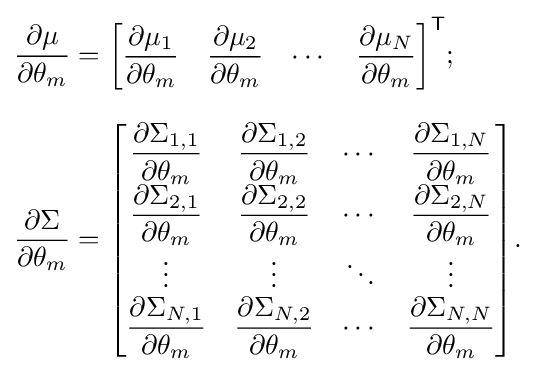
{\begin{aligned}{\frac {\partial \mu }{\partial \theta _{m}}}&={\begin{bmatrix}{\dfrac {\partial \mu _{1}}{\partial \theta _{m}}}&{\dfrac {\partial \mu _{2}}{\partial \theta _{m}}}&\cdots &{\dfrac {\partial \mu _{N}}{\partial \theta _{m}}}\end{bmatrix}}^{\textsf {T}};\\[8pt]{\dfrac {\partial \Sigma }{\partial \theta _{m}}}&={\begin{bmatrix}{\dfrac {\partial \Sigma _{1,1}}{\partial \theta _{m}}}&{\dfrac {\partial \Sigma _{1,2}}{\partial \theta _{m}}}&\cdots &{\dfrac {\partial \Sigma _{1,N}}{\partial \theta _{m}}}\\[5pt]{\dfrac {\partial \Sigma _{2,1}}{\partial \theta _{m}}}&{\dfrac {\partial \Sigma _{2,2}}{\partial \theta _{m}}}&\cdots &{\dfrac {\partial \Sigma _{2,N}}{\partial \theta _{m}}}\\\vdots &\vdots &\ddots &\vdots \\{\dfrac {\partial \Sigma _{N,1}}{\partial \theta _{m}}}&{\dfrac {\partial \Sigma _{N,2}}{\partial \theta _{m}}}&\cdots &{\dfrac {\partial \Sigma _{N,N}}{\partial \theta _{m}}}\end{bmatrix}}.\end{aligned}}